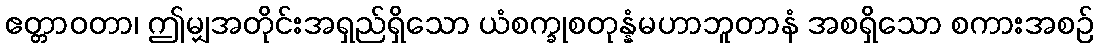
ဧတ္တာဝတာ၊ ဤမျှအတိုင်းအရှည်ရှိသော ယံစက္ခုစတုန္နံမဟာဘူတာနံ အစရှိသော စကားအစဉ်